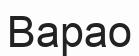
Варао